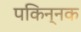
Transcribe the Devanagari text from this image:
पकिन्नक